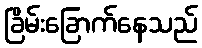
ခြိမ်းခြောက်နေသည်